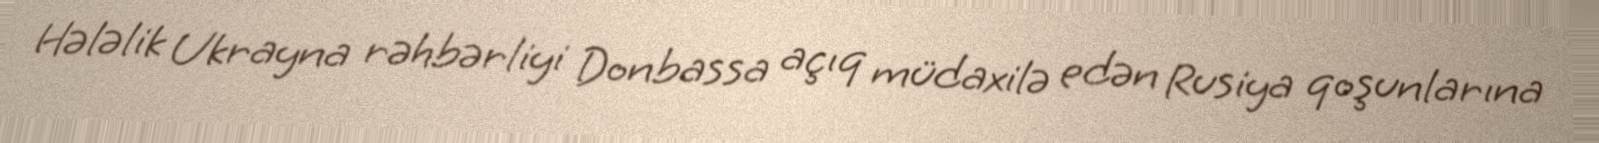
Hələlik Ukrayna rəhbərliyi Donbassa açıq müdaxilə edən Rusiya qoşunlarına